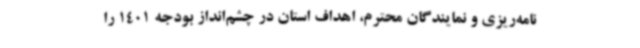
نامه‌ریزی و نمایندگان محترم، اهداف استان در چشم‌انداز بودجه 1401 را